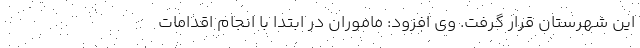
این شهرستان قرار گرفت. وی افزود: ماموران در ابتدا با انجام اقدامات